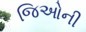
જિઓની